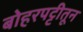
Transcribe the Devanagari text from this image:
बोहरपट्टीतून